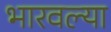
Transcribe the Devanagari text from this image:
भारवल्या